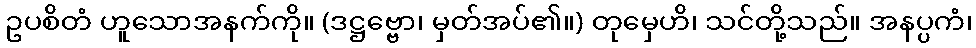
ဥပစိတံ ဟူသောအနက်ကို။ (ဒဋ္ဌဗ္ဗော၊ မှတ်အပ်၏။) တုမှေဟိ၊ သင်တို့သည်။ အနပ္ပကံ၊